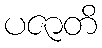
ပဇာတိ